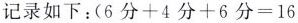
记录如下：$$(6分+4分+6分=16$$